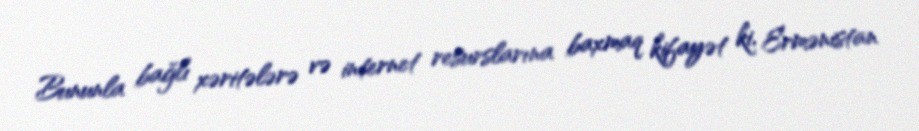
Bununla bağlı xəritələrə və internet resurslarına baxmaq kifayət ki, Ermənistan